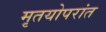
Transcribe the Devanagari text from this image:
मृतयोपरांत